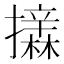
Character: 𱡈